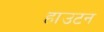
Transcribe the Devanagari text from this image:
हाउटन